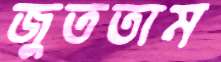
জুততাম